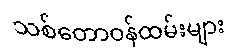
သစ်တောဝန်ထမ်းများ